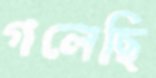
গলেছি